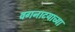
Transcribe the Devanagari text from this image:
वगनाटयाच्या